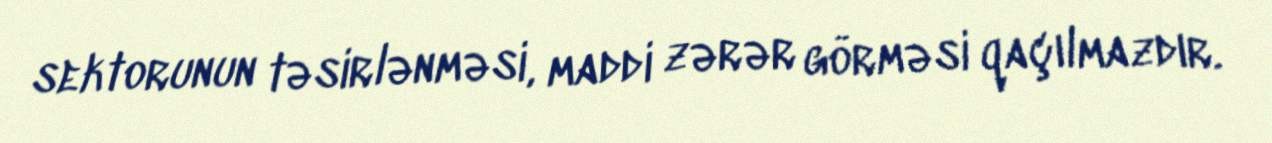
sektorunun təsirlənməsi, maddi zərər görməsi qaçılmazdır.